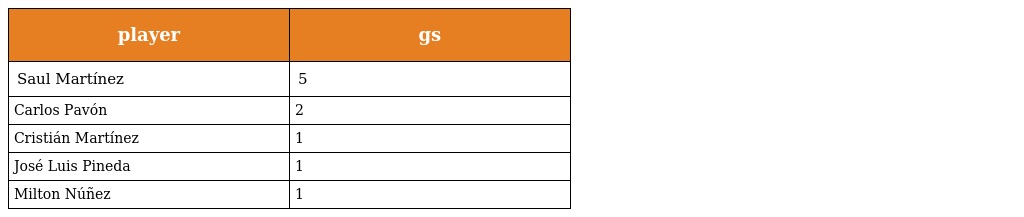
| player | gs |
 | --- | --- |
 | Saul Martínez | 5 |
 | Carlos Pavón | 2 |
 | Cristián Martínez | 1 |
 | José Luis Pineda | 1 |
 | Milton Núñez | 1 |